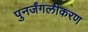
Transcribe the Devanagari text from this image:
पुनर्जंगलीकरण